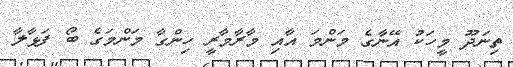
ތިނަދޫ މީހަކު އޭނާގެ މަންމަ އާއި މާރާމާރީ ހިންގާ މަންމަގެ ބޯ ފަޅާލާ